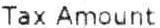
TAX AMOUNT